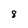
Character: 8